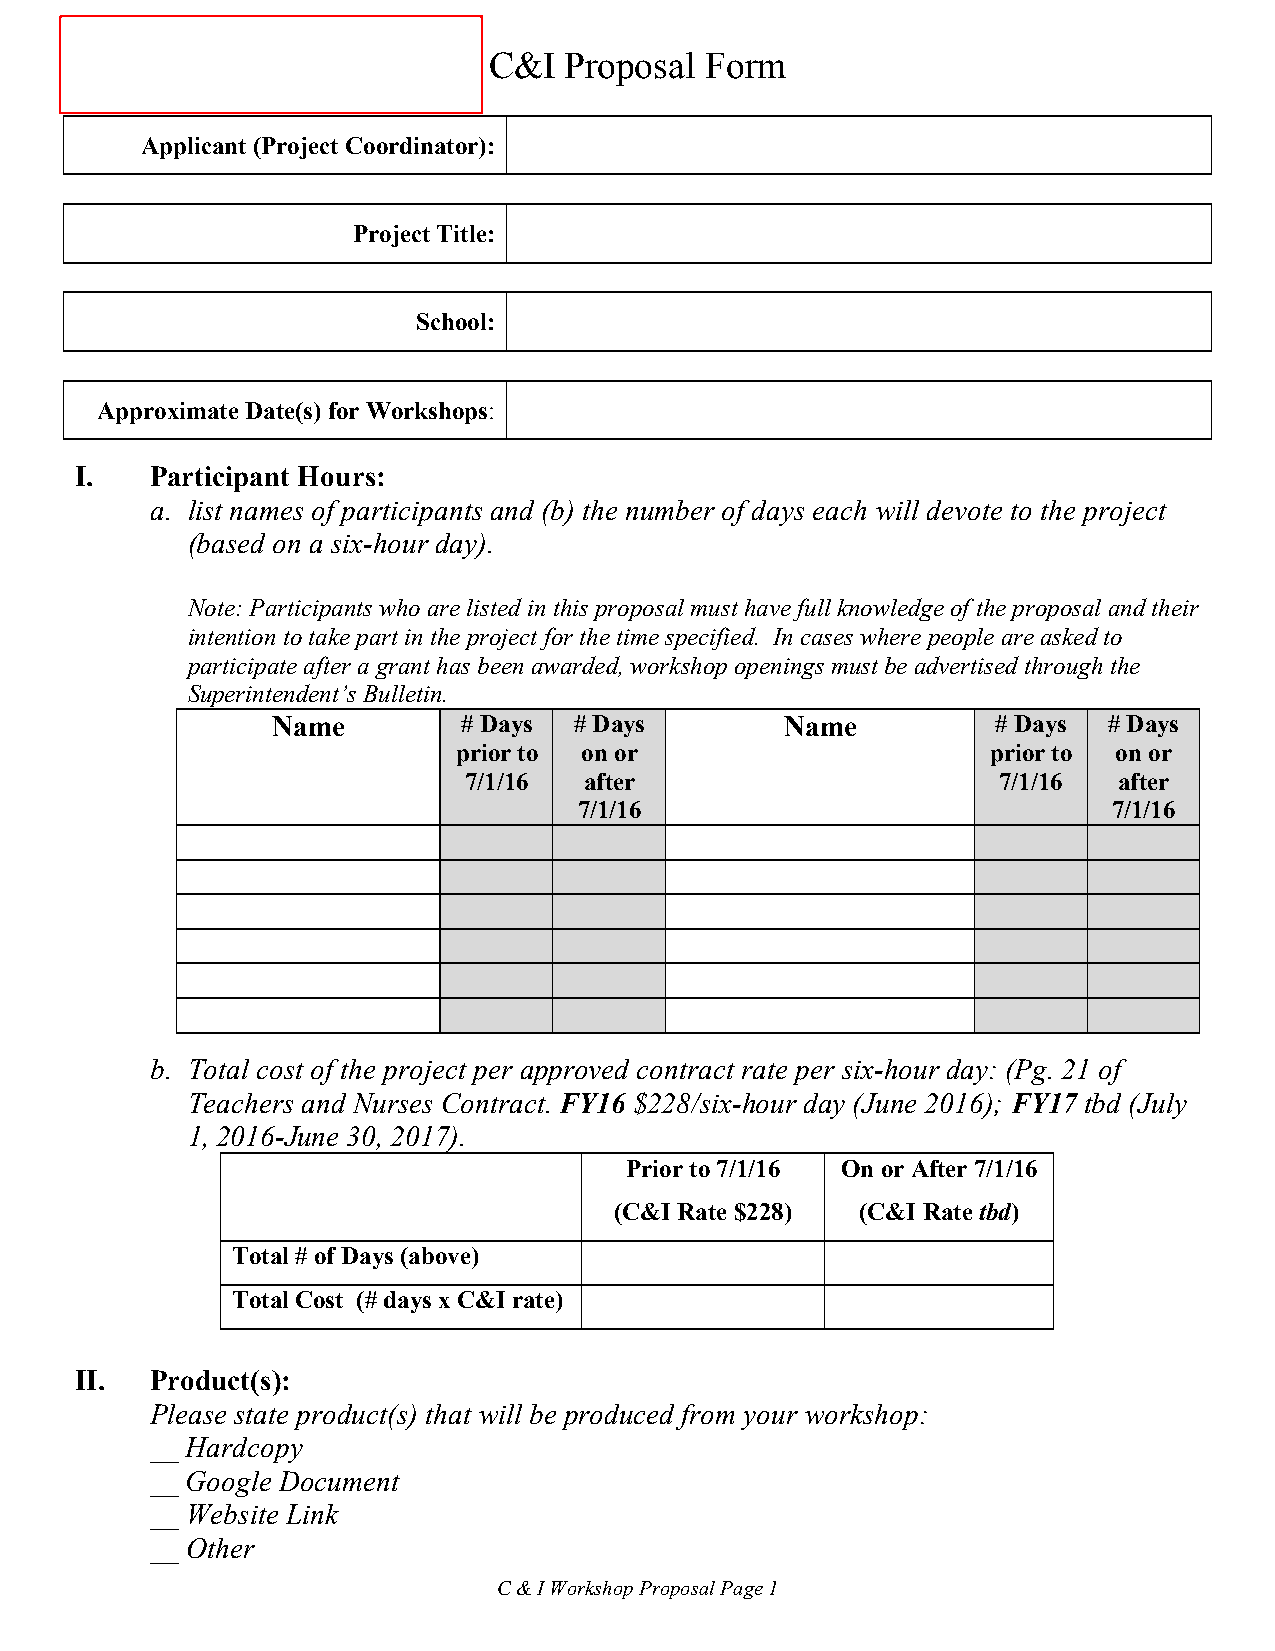
C&I  Proposal  Form
 Applicant (Project Coordinator):
 Project Title:
 School:
 Approximate Date(s) for Workshops:
 I.   Participant Hours:
 a. list names of participants and (b) the number of days each will devote to the project
 (based on a six-hour day).
 Note: Participants who are listed in this proposal must have full knowledge of the proposal and their
 intention to take part in the project for the time specified. In cases where people are asked to
 participate after a grant has been awarded, workshop openings must be advertised through the
 Superintendent’s Bulletin.
 Name         # Days # Days        Name          # Days # Days
 prior to on or                      prior to on or
 7/1/16  after                      7/1/16  after
 7/1/16                              7/1/16
 b. Total cost of the project per approved contract rate per six-hour day: (Pg. 21 of
 Teachers and Nurses Contract. FY16 $228/six-hour day (June 2016); FY17 tbd (July
 1, 2016-June 30, 2017).
 Prior to 7/1/16 On or After 7/1/16
 (C&I Rate $228) (C&I Rate tbd)
 Total # of Days (above)
 Total Cost (# days x C&I rate)
 II.  Product(s):
 Please state product(s) that will be produced from your workshop:
 __ Hardcopy
 __ Google Document
 __ Website Link
 __ Other
 C & I Workshop Proposal Page 1